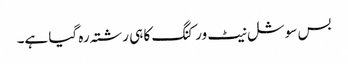
بس سوشل نیٹ ورکنگ کا ہی رشتہ رہ گیا ہے۔